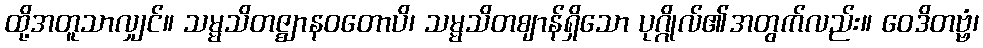
ထို့အတူသာလျှင်။ သမ္မသိတဇ္ဈာနဝတောပိ၊ သမ္မသိတဈာန်ရှိသော ပုဂ္ဂိုလ်၏အတွက်လည်း။ ဝေဒိတဗ္ဗံ၊